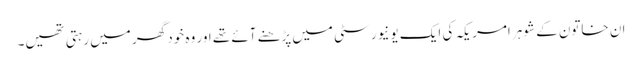
ان خاتون کے شوہر امریکہ کی ایک یونیورسٹی میں پڑھنے آئے تھے اور وہ خود گھر میں رہتی تھیں۔